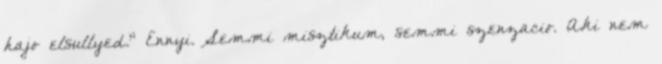
hajo elsullyed." Ennyi. Semmi misztikum, semmi szenzacio. Aki nem